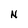
Character: N